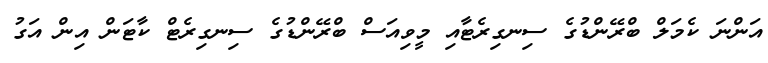
އަންނަ ކެމަލް ބްރޭންޑުގެ ސިނގިރެޓާއި މީވިއަސް ބްރޭންޑުގެ ސިނގިރެޓް ކާޓަން އިން އަގު